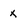
Character: x